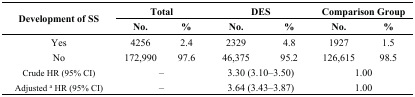
<table><thead><tr><td rowspan="2"><b>Development of SS </b></td><td colspan="2"><b>Total</b></td><td colspan="2"><b>DES</b></td><td colspan="2"><b>Comparison Group</b></td></tr><tr><td><b>No.</b></td><td><b>%</b></td><td><b>No.</b></td><td><b>%</b></td><td><b>No.</b></td><td><b>%</b></td></tr></thead><tbody><tr><td>Yes</td><td>4256</td><td>2.4</td><td>2329</td><td>4.8</td><td>1927</td><td>1.5</td></tr><tr><td>No</td><td>172,990</td><td>97.6</td><td>46,375</td><td>95.2</td><td>126,615</td><td>98.5</td></tr><tr><td>Crude HR (95% CI)</td><td colspan="2">–</td><td colspan="2">3.30 (3.10–3.50)</td><td colspan="2">1.00</td></tr><tr><td>Adjusted <sup>a</sup> HR (95% CI)</td><td colspan="2">–</td><td colspan="2">3.64 (3.43–3.87)</td><td colspan="2">1.00</td></tr></tbody></table>